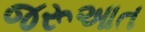
જરૂઆત